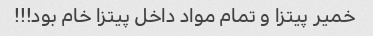
خمیر پیتزا و تمام مواد داخل پیتزا خام بود!!!